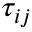
\tau _ { i j }